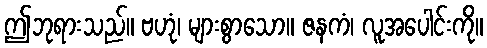
ဤဘုရားသည်။ ဗဟုံ၊ များစွာသော။ ဇနကံ၊ လူအပေါင်းကို။